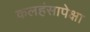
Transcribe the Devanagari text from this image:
कलहंसापेक्षा